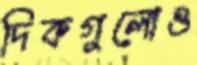
দিকগুলোও